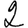
Digit: 2